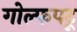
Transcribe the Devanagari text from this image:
गोल्फपटू